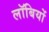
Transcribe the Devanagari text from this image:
लॉबियों